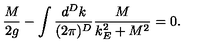
\frac { M } { 2 g } - \int \frac { d ^ { D } k } { ( 2 \pi ) ^ { D } } \frac { M } { k _ { E } ^ { 2 } + M ^ { 2 } } = 0 .